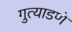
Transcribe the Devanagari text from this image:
गुत्याडणे